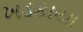
ખડકાયા